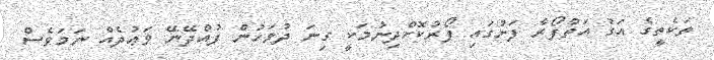
ތަކެތީގެ އަގު އަތްފޯރާ ފަށުގައި ފޯރުކޮށްދިނުމަކީ ގިނަ ދުވަހުން ފުއްދޭނޭ ވަޢުދެއް ނަމަވެސް